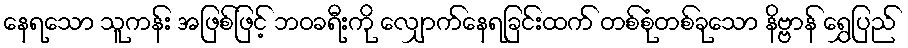
နေရသော သူကန်း အဖြစ်ဖြင့် ဘဝခရီးကို လျှောက်နေရခြင်းထက် တစ်စုံတစ်ခုသော နိဗ္ဗာန် ရွှေပြည်